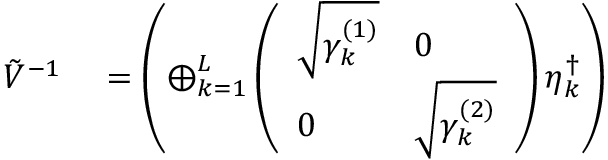
\begin{array} { r l } { \tilde { V } ^ { - 1 } } & { { } = \left( \bigoplus _ { k = 1 } ^ { L } \left( \begin{array} { l l } { \sqrt { \gamma _ { k } ^ { ( 1 ) } } } & { 0 } \\ { 0 } & { \sqrt { \gamma _ { k } ^ { ( 2 ) } } } \end{array} \right) \eta _ { k } ^ { \dag } \right) } \end{array}